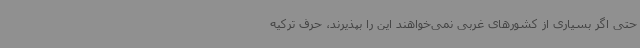
حتی اگر بسیاری از کشورهای غربی نمی‌خواهند این را بپذیرند، حرف ترکیه